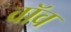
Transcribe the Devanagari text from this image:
वॉव